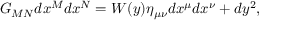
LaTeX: G _ { M N } d x ^ { M } d x ^ { N } = { \cal W } ( y ) \eta _ { \mu \nu } d x ^ { \mu } d x ^ { \nu } + d y ^ { 2 } ,